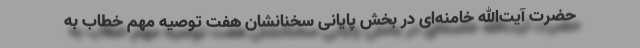
حضرت آیت‌الله خامنه‌ای در بخش پایانی سخنانشان هفت توصیه مهم خطاب به